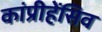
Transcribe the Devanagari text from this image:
कांप्रीहेंसिव